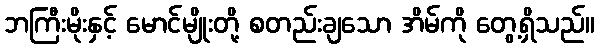
ဘကြီးမိုးနှင့် မောင်မျိုးတို့ စတည်းချသော အိမ်ကို တွေ့ရှိသည်။